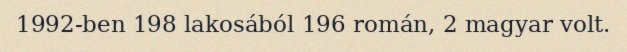
1992-ben 198 lakosából 196 román, 2 magyar volt.